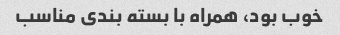
خوب بود، همراه با بسته بندی مناسب